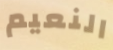
النعيم